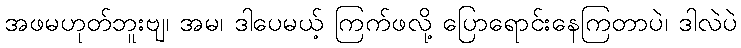
အဖမဟုတ်ဘူးဗျ၊ အမ၊ ဒါပေမယ့် ကြက်ဖလို့ ပြောရောင်းနေကြတာပဲ၊ ဒါလဲပဲ